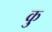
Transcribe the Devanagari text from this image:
कु़